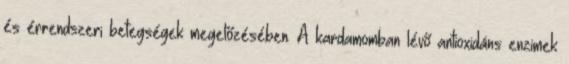
és érrendszeri betegségek megelőzésében. A kardamomban lévő antioxidáns enzimek